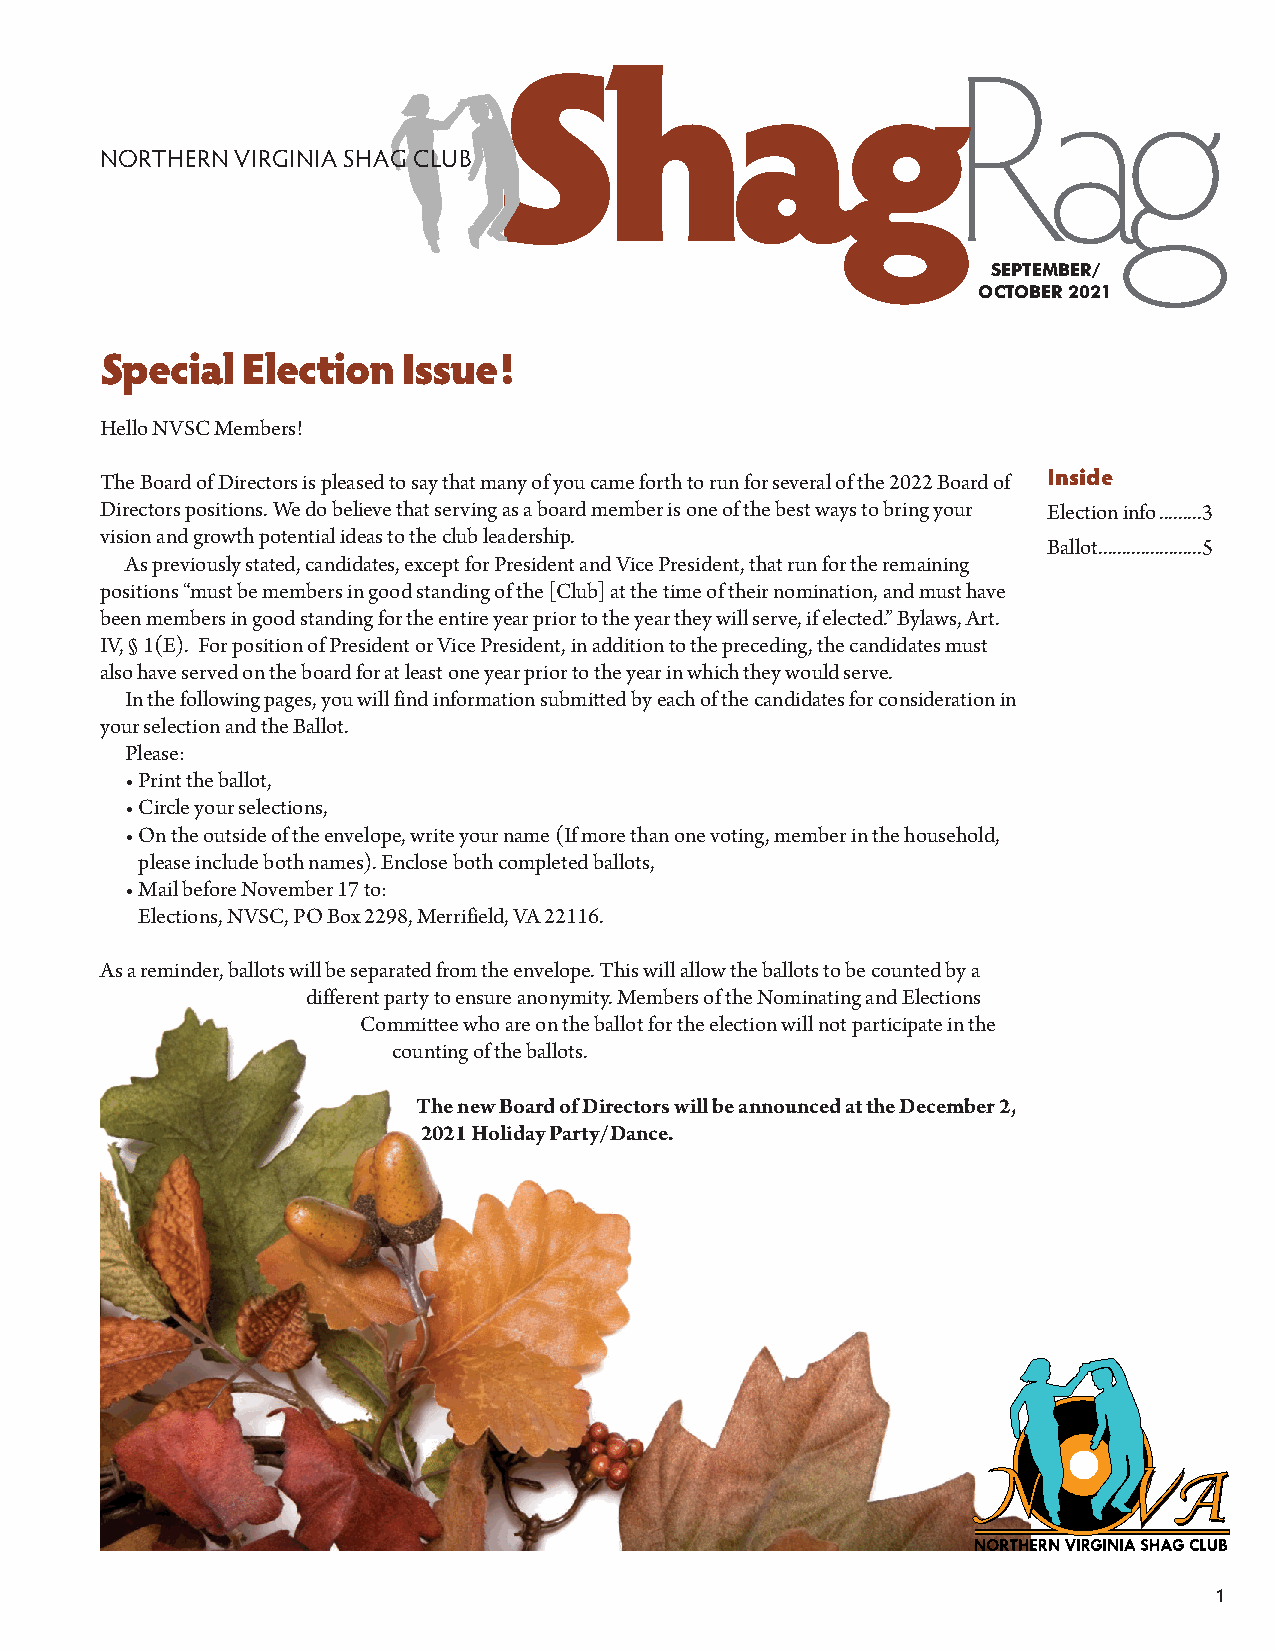
NORTHERN VIRGINIA SHAG CLUB
 SEPTEMBER/
 OCTOBER 2021
 Special  Election   Issue!
 Hello NVSC Members!
 The Board of Directors is pleased to say that many of you came forth to run for several of the 2022 Board of Inside
 Directors positions. We do believe that serving as a board member is one of the best ways to bring your Election info.........3
 vision and growth potential ideas to the club leadership.
 Ballot......................5
 As previously stated, candidates, except for President and Vice President, that run for the remaining
 positions “must be members in good standing of the [Club] at the time of their nomination, and must have
 been members in good standing for the entire year prior to the year they will serve, if elected.” Bylaws, Art.
 IV, § 1(E). For position of President or Vice President, in addition to the preceding, the candidates must
 also have served on the board for at least one year prior to the year in which they would serve.
 In the following pages, you will find information submitted by each of the candidates for consideration in
 your selection and the Ballot.
 Please:
 • Print the ballot,
 • Circle your selections,
 • On the outside of the envelope, write your name (If more than one voting, member in the household,
 please include both names). Enclose both completed ballots,
 • Mail before November 17 to:
 Elections, NVSC, PO Box 2298, Merrifield, VA 22116.
 As a reminder, ballots will be separated from the envelope. This will allow the ballots to be counted by a
 different party to ensure anonymity. Members of the Nominating and Elections
 Committee who are on the ballot for the election will not participate in the
 counting of the ballots.
 The new Board of Directors will be announced at the December 2,
 2021 Holiday Party/Dance.
 1